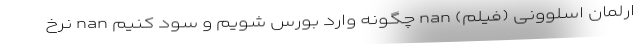
ارلمان اسلوونی (فیلم) nan چگونه وارد بورس شویم و سود کنیم nan نرخ